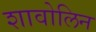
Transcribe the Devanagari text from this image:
शावोलिन